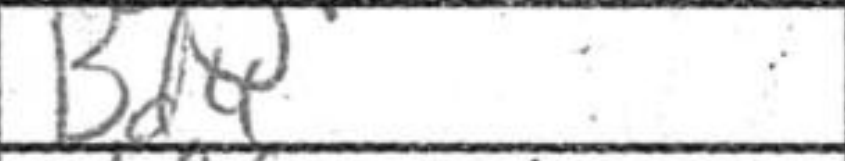
Transcription: Bd4